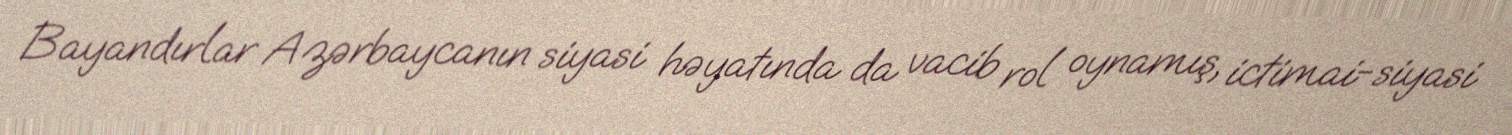
Bayandırlar Azərbaycanın siyasi həyatında da vacib rol oynamış, ictimai-siyasi